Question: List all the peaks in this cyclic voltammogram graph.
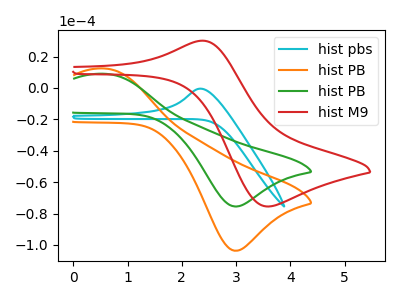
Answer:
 <answer>The cyan curve "hist pbs" has an anodic peak at: (2.35V, -0.45uA). The orange curve "hist PB" has an anodic peak at (0.60V, 12.35uA) and a cathodic peak at (3.00V, -103.75uA). The green curve "hist PB" has an anodic peak at (0.60V, 9.00uA) and a cathodic peak at (3.00V, -75.55uA). The red curve "hist M9" has an anodic peak at (2.40V, 30.10uA) and a cathodic peak at (3.60V, -75.55uA).</answer>
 <eval></eval>